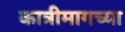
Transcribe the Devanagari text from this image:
कात्रीमागच्या